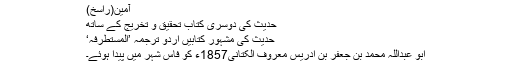
آمین(راسخ)
حدیث کی دوسری کتاب تحقیق و تخریج کے ساتھ
حدیث کی مشہور کتابیں اردو ترجمہ ’المستطرفہ‘
ابو عبداللہ محمد بن جعفر بن ادریس معروف الکتانی1857ء کو فاس شہر میں پیدا ہوئے۔